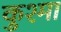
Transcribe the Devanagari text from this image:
कुश्‍मा